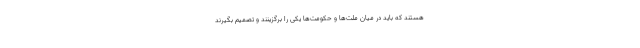
هستند که باید در میان ملت‌ها و حکومت‌ها یکی را برگزینند و تصمیم بگیرند